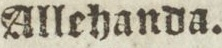
Allehanda.